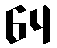
64